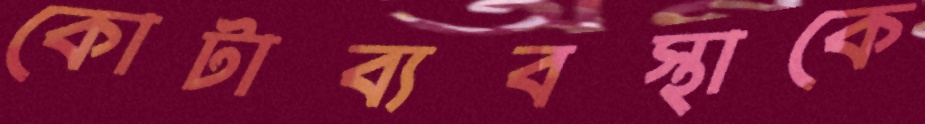
কোটাব্যবস্থাকে